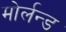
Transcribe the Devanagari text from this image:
मोर्लन्ड